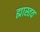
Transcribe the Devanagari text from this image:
ह्यास्तव